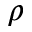
\rho